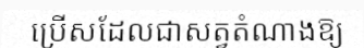
ប្រើសដែលជាសត្វតំណាងឱ្យ